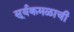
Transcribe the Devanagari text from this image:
सूर्यकमळाची